Senior Leaving Certificate Examination (including Day School Certificate (Higher) General paper), 1950
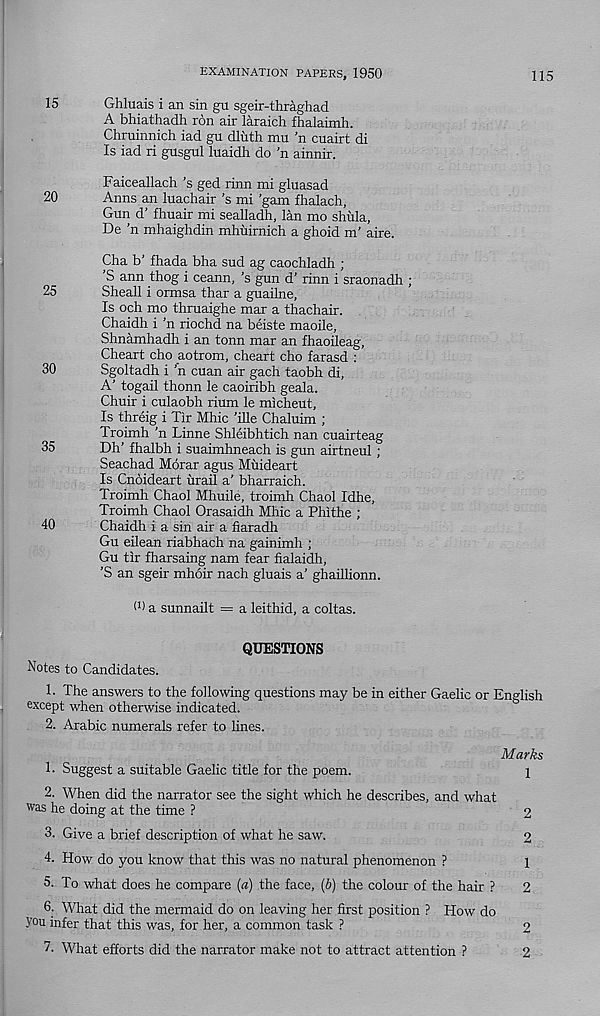
EXAMINATION PAPERS, 1950
115
15
Ghluais i an sin gu sgeir-thraghad
A bhiathadh ron air laraich fhalaimh.
Chruinnich iad gu dluth mu ’n cuairt di
Is iad ri gusgul luaidh do 'n ainnir.
Faiceallach’s ged rinn mi gluasad
20
Anns an luachair’s mi gam fhalach,
Gun d’ fhuair mi sealladh, lan mo shula,
De ’n mhaighdin mhuirnich a ghoid m’ aire.
Cha b’ fhada bha sud ag caochladh ;
S ann thog i ceann, ’s gun d’ rinn i sraonadh ;
25
Sheall i ormsa thar a guailne.
Is och mo thruaighe mar a thachair.
Chaidh i ’n riochd na beiste maoile,
Shnamhadh i an tonn mar an fhaoileag,
Cheart cho aotrom, cheart cho farasd :
30
Sgoltadh i 'n cuan air gach taobh di,
A’ togail thonn le caoiribh geala.
Chuir i culaobh rium le micheut,
Is threig i Tir Mhic ’ille Chaluim ;
Troimh ’n Linne Shleibhtich nan cuairteag
35
Dh’ fhalbh i suaimhneach is gun airtneul ;
Seachad Morar agus Muideart
Is Cnoideart urail a’ bharraich.
Troimh Chaol Mhuile, troimh Chaol Idhe,
Troimh Chaol Orasaidh Mhic a Phithe ;
40
Chaidh i a sin air a fiaradh
Gu eilean riabhach na gainimh ;
Gu tir fharsaing nam fear fialaidh,
’S an sgeir mhoir nach gluais a’ ghailhonn.
0) a sunnailt = a leithid, a coltas.
QUESTIONS
Notes to Candidates.
1. The answers to the following questions may be in either Gaelic or English
except when otherwise indicated.
2. Arabic numerals refer to lines.
Marks
1. Suggest a suitable Gaelic title for the poem.
1
2. When did the narrator see the sight which he describes, and what
was he doing at the time ?
2
3. Give a brief description of what he saw.
2
4. How do you know that this was no natural phenomenon ?
1
5. To what does he compare (a) the face, (6) the colour of the hair ?
2
6. What did the mermaid do on leaving her first position ? How do
you infer that this was, for her, a common task ?
2
7- What efforts did the narrator make not to attract attention ?
2